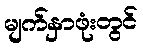
မျက်နှာဖုံးတွင်